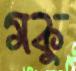
মকু